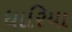
ધારિયા